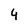
Character: 4